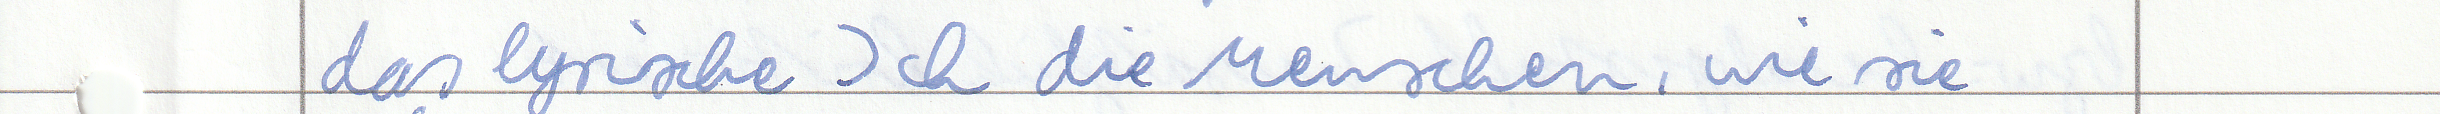
das lyrische Ich die Menschen, wie sie